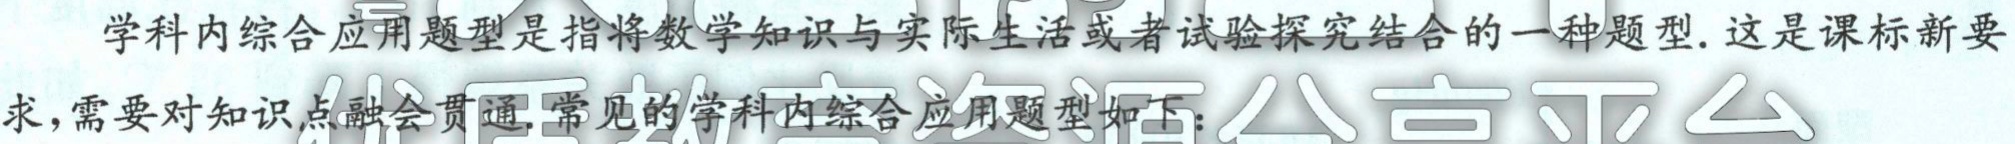
学科内综合应用题型是指将数学知识与实际生活或者试验探究结合的一种题型.这是课标新要求,需要对知识点融会贯通.常见的学科内综合应用题型如下：